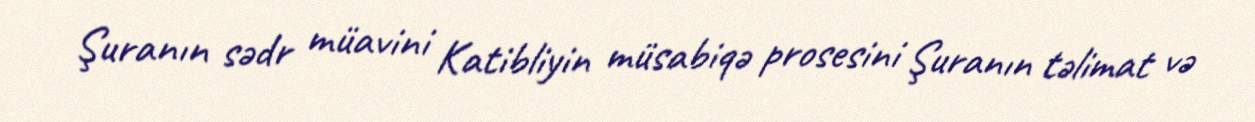
Şuranın sədr müavini Katibliyin müsabiqə prosesini Şuranın təlimat və